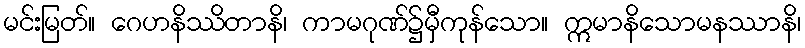
မင်းမြတ်။ ဂေဟနိဿိတာနိ၊ ကာမဂုဏ်၌မှီကုန်သော။ ဣမာနိသောမနဿာနိ၊